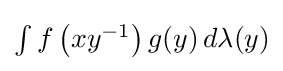
{\textstyle \int f\left(xy^{-1}\right)g(y)\,d\lambda (y)}